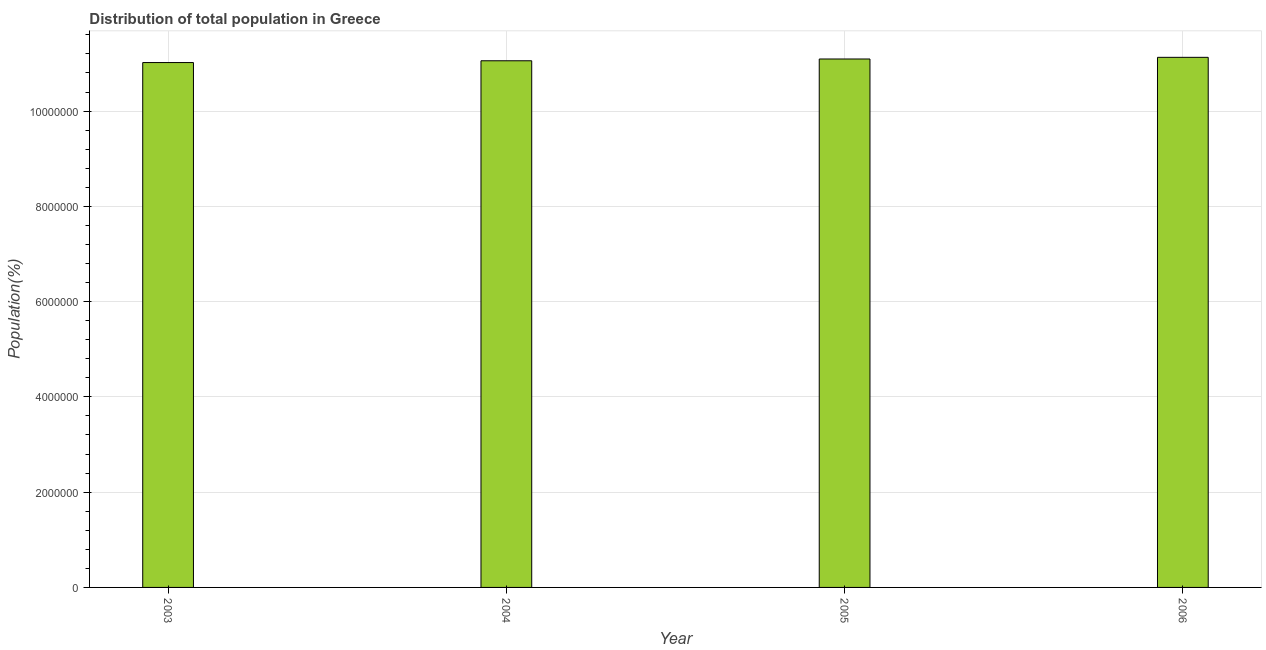
| Year | Total |
 | --- | --- |
 | 2003 | 1.1e+07 |
 | 2004 | 1.11e+07 |
 | 2005 | 1.11e+07 |
 | 2006 | 1.11e+07 |